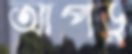
আপডু